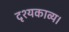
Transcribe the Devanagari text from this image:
दृश्यकाव्य।